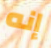
إنه